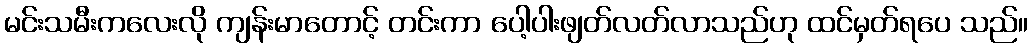
မင်းသမီးကလေးလို ကျန်းမာတောင့် တင်းကာ ပေါ့ပါးဖျတ်လတ်လာသည်ဟု ထင်မှတ်ရပေ သည်။